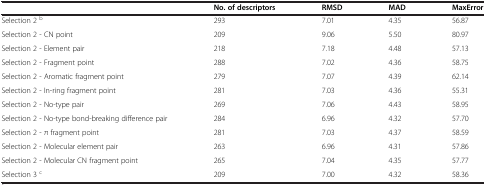
<table><thead><tr><td><b> </b></td><td><b>No. of descriptors</b></td><td><b>RMSD</b></td><td><b>MAD</b></td><td><b>MaxError</b></td></tr></thead><tbody><tr><td>Selection 2 <sup>b</sup></td><td>293</td><td>7.01</td><td>4.35</td><td>56.87</td></tr><tr><td>Selection 2 - CN point</td><td>209</td><td>9.06</td><td>5.50</td><td>80.97</td></tr><tr><td>Selection 2 - Element pair</td><td>218</td><td>7.18</td><td>4.48</td><td>57.13</td></tr><tr><td>Selection 2 - Fragment point</td><td>288</td><td>7.02</td><td>4.36</td><td>58.75</td></tr><tr><td>Selection 2 - Aromatic fragment point</td><td>279</td><td>7.07</td><td>4.39</td><td>62.14</td></tr><tr><td>Selection 2 - In-ring fragment point</td><td>281</td><td>7.03</td><td>4.36</td><td>55.31</td></tr><tr><td>Selection 2 - No-type pair</td><td>269</td><td>7.06</td><td>4.43</td><td>58.95</td></tr><tr><td>Selection 2 - No-type bond-breaking difference pair</td><td>284</td><td>6.96</td><td>4.32</td><td>57.70</td></tr><tr><td>Selection 2 - π fragment point</td><td>281</td><td>7.03</td><td>4.37</td><td>58.59</td></tr><tr><td>Selection 2 - Molecular element pair</td><td>263</td><td>6.96</td><td>4.31</td><td>57.86</td></tr><tr><td>Selection 2 - Molecular CN fragment point</td><td>265</td><td>7.04</td><td>4.35</td><td>57.77</td></tr><tr><td>Selection 3 <sup>c</sup></td><td>209</td><td>7.00</td><td>4.32</td><td>58.36</td></tr></tbody></table>